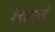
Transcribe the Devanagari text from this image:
शेंड्याखाली